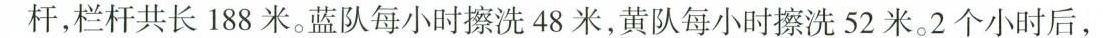
杆，栏杆共长188米。蓝队每小时擦洗48米，黄队每小时擦洗52米。2个小时后，